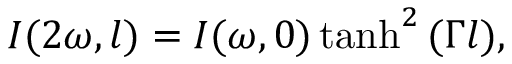
I ( 2 \omega , l ) = I ( \omega , 0 ) \operatorname { t a n h } ^ { 2 } { ( \Gamma l ) } ,